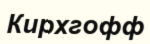
Кирхгофф